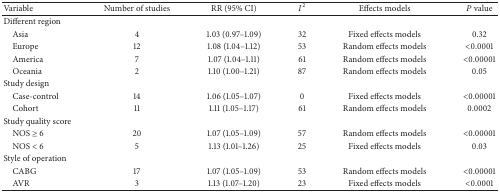
<table><thead><tr><td><b>Variable</b></td><td><b>Number of studies</b></td><td><b>RR (95% CI)</b></td><td><b><i>I</i><sup>2</sup></b></td><td><b>Effects models</b></td><td><b><i>P</i> value</b></td></tr></thead><tbody><tr><td>Different region</td><td>[EMPTY_CELL]</td><td>[EMPTY_CELL]</td><td>[EMPTY_CELL]</td><td>[EMPTY_CELL]</td><td>[EMPTY_CELL]</td></tr><tr><td> Asia</td><td>4</td><td>1.03 (0.97–1.09)</td><td>32</td><td>Fixed effects models</td><td>0.32</td></tr><tr><td> Europe</td><td>12</td><td>1.08 (1.04–1.12)</td><td>53</td><td>Random effects models</td><td>&lt;0.0001</td></tr><tr><td> America</td><td>7</td><td>1.07 (1.04–1.11)</td><td>61</td><td>Random effects models</td><td>&lt;0.00001</td></tr><tr><td> Oceania</td><td>2</td><td>1.10 (1.00–1.21)</td><td>87</td><td>Random effects models</td><td>0.05</td></tr><tr><td>Study design</td><td>[EMPTY_CELL]</td><td>[EMPTY_CELL]</td><td>[EMPTY_CELL]</td><td>[EMPTY_CELL]</td><td>[EMPTY_CELL]</td></tr><tr><td> Case-control</td><td>14</td><td>1.06 (1.05–1.07)</td><td>0</td><td>Fixed effects models</td><td>&lt;0.00001</td></tr><tr><td> Cohort</td><td>11</td><td>1.11 (1.05–1.17)</td><td>61</td><td>Random effects models</td><td>0.0002</td></tr><tr><td>Study quality score</td><td>[EMPTY_CELL]</td><td>[EMPTY_CELL]</td><td>[EMPTY_CELL]</td><td>[EMPTY_CELL]</td><td>[EMPTY_CELL]</td></tr><tr><td> NOS ≥ 6</td><td>20</td><td>1.07 (1.05–1.09)</td><td>57</td><td>Random effects models</td><td>&lt;0.00001</td></tr><tr><td> NOS &lt; 6</td><td>5</td><td>1.13 (1.01–1.26)</td><td>25</td><td>Fixed effects models</td><td>0.03</td></tr><tr><td>Style of operation</td><td>[EMPTY_CELL]</td><td>[EMPTY_CELL]</td><td>[EMPTY_CELL]</td><td>[EMPTY_CELL]</td><td>[EMPTY_CELL]</td></tr><tr><td> CABG</td><td>17</td><td>1.07 (1.05–1.09)</td><td>53</td><td>Random effects models</td><td>&lt;0.00001</td></tr><tr><td> AVR</td><td>3</td><td>1.13 (1.07–1.20)</td><td>23</td><td>Fixed effects models</td><td>&lt;0.0001</td></tr></tbody></table>